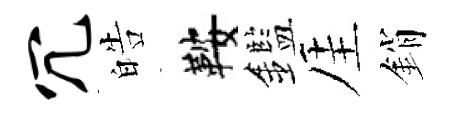
冗皓鞍鑑厓銷